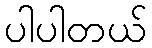
ပါပါတယ်